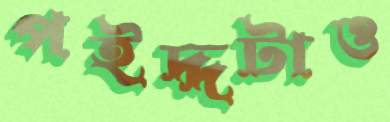
পইদ্দটাও